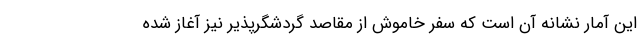
این آمار نشانه آن است که سفر خاموش از مقاصد گردشگرپذیر نیز آغاز شده